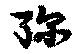
弥